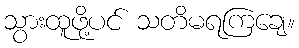
သွားထူဖို့ပင် သတိမရကြချေ။